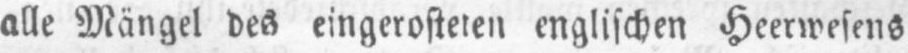
alle Mängel des eingerosteten englischen Heerwesens